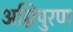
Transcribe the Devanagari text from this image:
अग्निपुरण